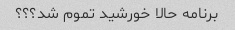
برنامه حالا خورشید تموم شد؟؟؟